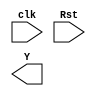
module STM(
    input clk,
    input Rst,
    output reg Y
);

    reg [1:0] State;
    reg [1:0] New_state;

    parameter IDLE = 2'b00;
    parameter Pre = 2'b01;
    parameter Final = 2'b10;

    always @(posedge Clk, negedge Rst)
        begin
            if(~Rst)
                State = IDLE;
            else
                State = New_state;
        end

    always @(*)
        begin
            case(State)
                IDLE : begin y = 0; New_state = Pre; end
                Pre : begin y = 0; New_state = Final; end
                Final : begin y = 1; New_state = IDLE; end
            endcase
        end

endmodule